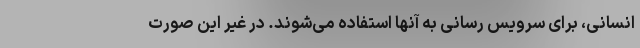
انسانی، برای سرویس رسانی به آنها استفاده می‌شوند. در غیر این صورت